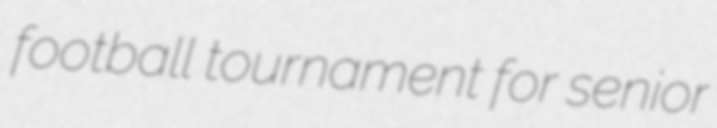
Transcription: football tournament for senior